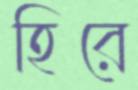
হিরে